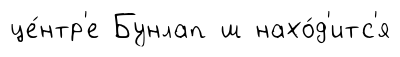
це́нтр'е Бунлап ш нахо́д'итс'я